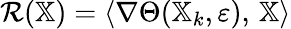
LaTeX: \mathcal{R}(\mathbb{X})=\langle\nabla\Theta(\mathbb{X}_{k},\varepsilon),\, \mathbb{X}\rangle